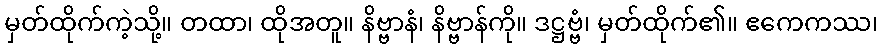
မှတ်ထိုက်ကဲ့သို့။ တထာ၊ ထိုအတူ။ နိဗ္ဗာနံ၊ နိဗ္ဗာန်ကို။ ဒဋ္ဌဗ္ဗံ၊ မှတ်ထိုက်၏။ ဧကေကဿ၊